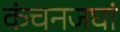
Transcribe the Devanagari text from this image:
कंचनजघां